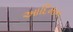
આદિમાન